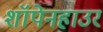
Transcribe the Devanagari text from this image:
शॉपेनहाउर